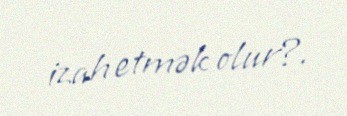
izah etmək olur?.